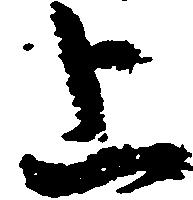
上